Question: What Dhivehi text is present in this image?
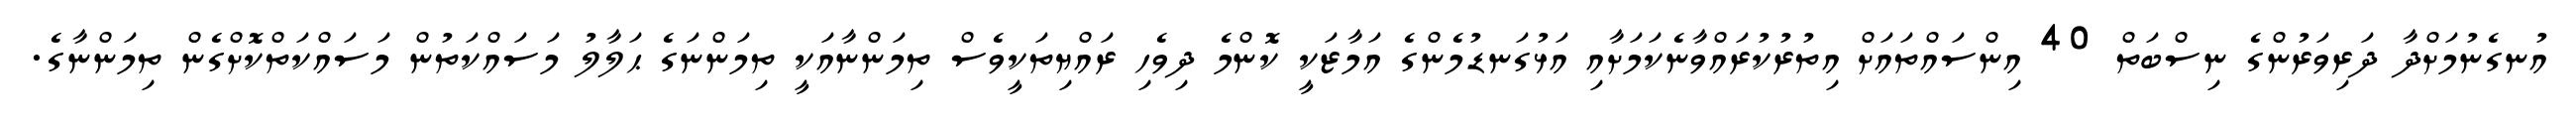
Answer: އުނގެނުމަށްދާ ދަރިވަރުންގެ ނިސްބަތް 40 އިންސައްތައަށް އިތުރުކުރައްވާނެކަމަށާއި އަޅުގަނޑުމެންގެ އަމާޒަކީ ކޮންމެ ދިވެހި ރައްޔިތަކީވެސް ތިމަންނާއަކީ ތިމަންނަގެ ޙަލާލު މަސައްކަތުން މަސައްކަތްކޮށްގެން ތިމަންނާގެ.